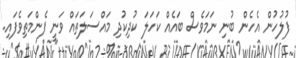
ފުލުހުން އެހެން ބުނި ނަމަވެސް ބައެއް ކަހަލަ ކުދިކުދި މައްސަލަތައް ވަނީ ފެންމަތިވެފައި.